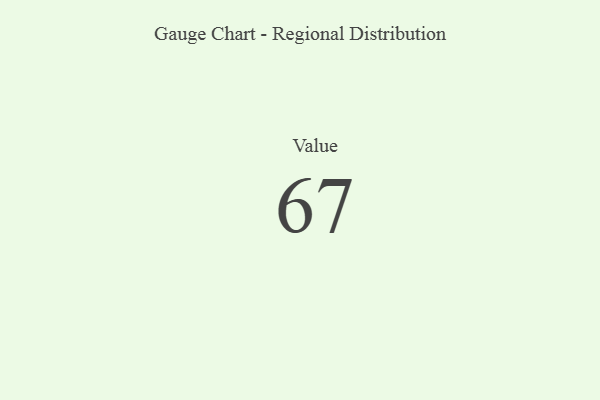
{"axis": {"x": "Metric", "y": "Value"}, "legend": [""], "data": [{"x": "Value", "y": 67, "type": ""}]}